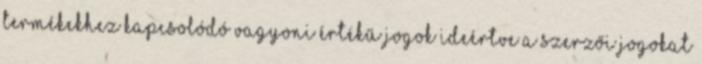
termékekhez kapcsolódó vagyoni értékű jogok ideértve a szerzői jogokat